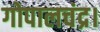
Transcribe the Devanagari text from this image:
गोपालचंद्र।